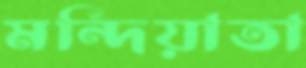
মন্দিয়াতা